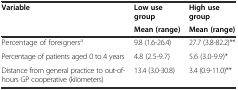
<table><thead><tr><td rowspan="2"><b>Variable</b></td><td><b>Low use group</b></td><td><b>High use group</b></td></tr><tr><td><b>Mean (range)</b></td><td><b>Mean (range)</b></td></tr></thead><tbody><tr><td>Percentage of foreigners<sup>a</sup></td><td>9.8 (1.6-26.4)</td><td>27.7 (3.8-82.2)**</td></tr><tr><td>Percentage of patients aged 0 to 4 years</td><td>4.8 (2.5-9.7)</td><td>5.6 (3.0-9.9)*</td></tr><tr><td>Distance from general practice to out-of-hours GP cooperative (kilometers)</td><td>13.4 (3.0-30.8)</td><td>3.4 (0.9-11.0)**</td></tr></tbody></table>